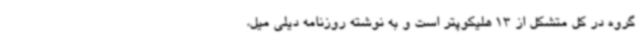
گروه در کل متشکل از 13 هلیکوپتر است و به نوشته روزنامه دیلی میل،